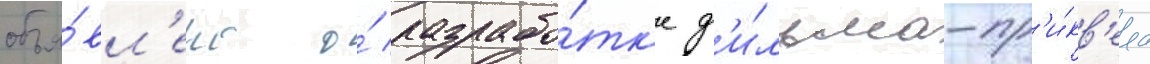
объя́вл'ено о́ разрабо́тк'е ф'и́льма-пр'и́кв'ела